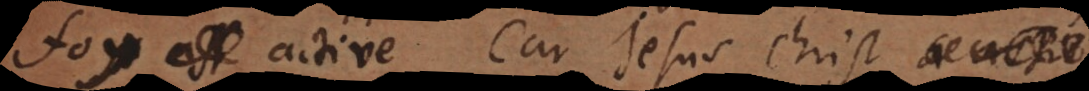
foy active. Car Jesus Christ nous